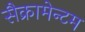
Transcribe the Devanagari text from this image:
सैक्रामेन्टम